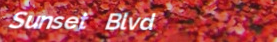
Sunset Blvd